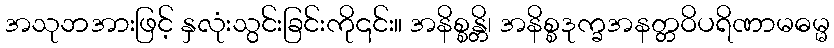
အသုဘအားဖြင့် နှလုံးသွင်းခြင်းကို၎င်း။ အနိစ္စန္တိ၊ အနိစ္စဒုက္ခအနတ္တဝိပရိဏာမဓမ္မ